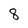
Character: 8